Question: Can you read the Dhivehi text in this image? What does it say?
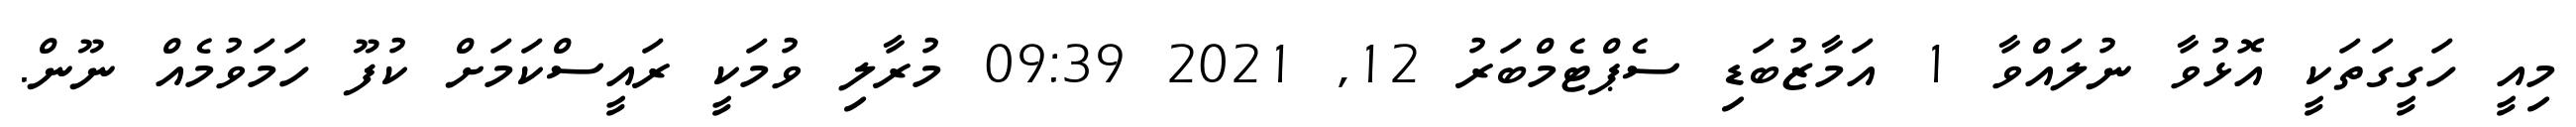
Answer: މިއީ ހަގީގަތަކީ އޮޅުވާ ނުލައްވާ 1 އަމާޒުބަޑި ސެޕްޓެމްބަރު 12, 2021 09:39 މުރާލި ވުމަކީ ރައީސްކަމަށް ކުފޫ ހަމަވުމެއް ނޫން.